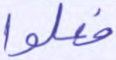
فعلوا